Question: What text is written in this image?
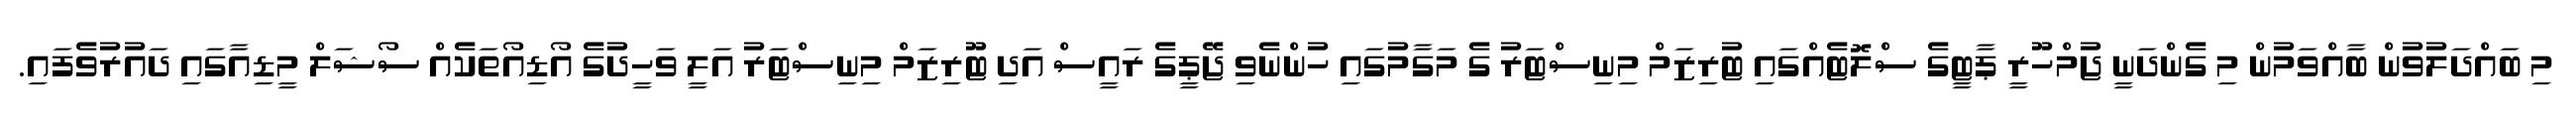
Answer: މި ބައްދަލުވުން ބާއްވަމުން މި ގެންދަނީ ޖުމްހޫރީ ޕާޓީގެ ސްލޮޓެއްގައި ޓުރިޒަމް މިނިސްޓަރު ގެ މަގާމުގައި ހުންނެވި ޖޭޕީގެ ރައީސް އަދި ޓޫރިޒަމް މިނިސްޓަރު އަލީ ވަހީދުގެ އޯޑިއޯތަކެއް ސޯޝަލް މީޑިއާގައި ދައުރުވެފައި.